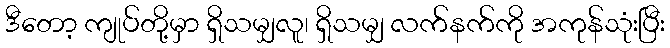
ဒီတော့ ကျုပ်တို့မှာ ရှိသမျှလူ၊ ရှိသမျှ လက်နက်ကို အကုန်သုံးပြီး